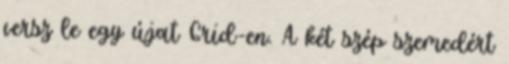
versz le egy újat Grid-en. A két szép szemedért